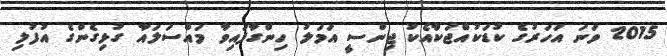
2015 ވަނަ އަހަރުގެ ކުޑަކުއްޖަކާއެކު ޖިންސީ އަމަލު ހިންގާފައިވާ މައްސަލައާ ގުޅިގެންގެ އުފުލި